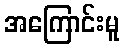
အကြောင်းမူ